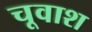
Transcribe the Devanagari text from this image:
चूवाश